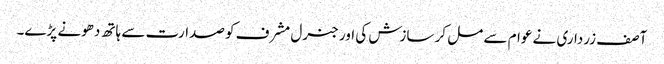
آصف زرداری نے عوام سے مل کر سازش کی اور جنرل مشرف کو صدارت سے ہاتھ دھونے پڑے۔